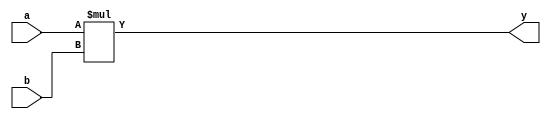
module mul22_data_flow(a,b,y);
input [1:0] a,b;
output [3:0] y;
assign y = a * b;
endmodule 
//////////////////////////////////TEST BENCH/////////////////////////////////////
module mul22_data_flow_tb();
reg [1:0] a;
reg [1:0] b;
wire [3:0] y;
mul22_data_flow m1(a,b,y);
initial
	begin
	a=2'b00; b=2'b00;
#10 a=2'b01; b=2'b10;
#10 a=2'b11; b=2'b10;
#10 a=2'b11; b=2'b11;
#10
$stop;
end
endmodule